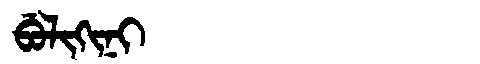
Manchu: ᠪᡠᠯᡳᡴᡳᠨᡳ
Romanization: BULIKINI